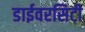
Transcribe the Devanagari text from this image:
डाईवरसिटी